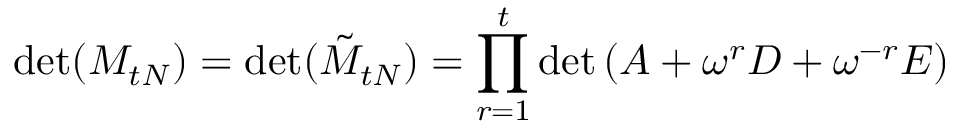
\operatorname * { d e t } ( M _ { t N } ) = \operatorname * { d e t } ( \tilde { M } _ { t N } ) = \prod _ { r = 1 } ^ { t } \operatorname * { d e t } \left( A + \omega ^ { r } D + \omega ^ { - r } E \right)